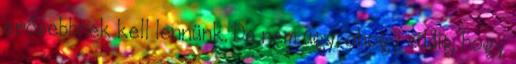
erősebbnek kell lennünk. De nem úgy, ahogy eddig, hogy